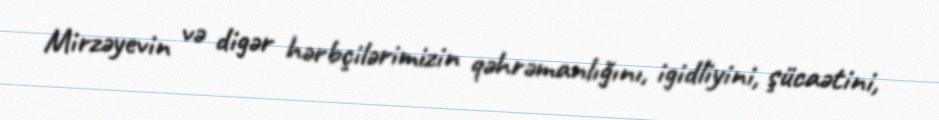
Mirzəyevin və digər hərbçilərimizin qəhrəmanlığını, igidliyini, şücaətini,